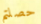
حصلتم